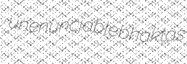
unenunciable bhaktas